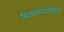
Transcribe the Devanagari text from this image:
मिळवण्यासाठीचा